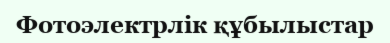
Фотоэлектрлік құбылыстар